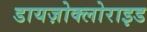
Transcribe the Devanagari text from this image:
डायज़ोक्लोराइड